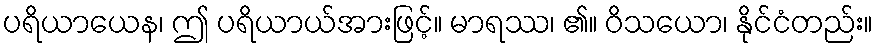
ပရိယာယေန၊ ဤ ပရိယာယ်အားဖြင့်။ မာရဿ၊ ၏။ ဝိသယော၊ နိုင်ငံတည်း။